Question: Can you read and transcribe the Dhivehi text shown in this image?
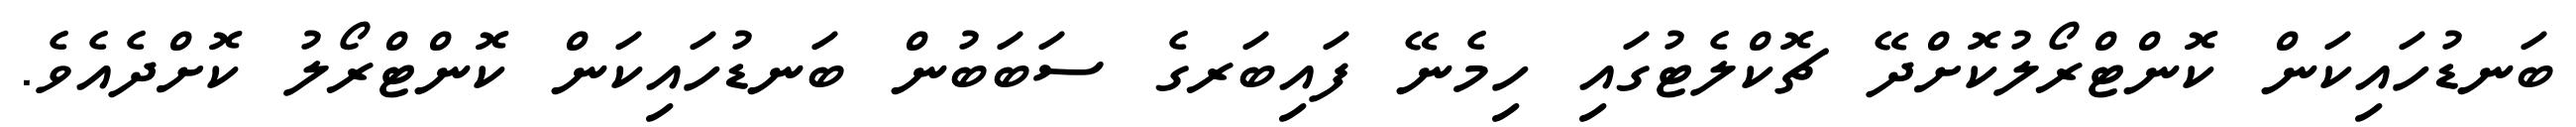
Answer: ބަނޑުހައިކަން ކޮންޓްރޯލުކޮށްދޭ ޗޮކްލެޓުގައި ހިމެނޭ ފައިބަރގެ ސަބަބުން ބަނޑުހައިކަން ކޮންޓްރޯލު ކޮށްދެއެވެ.